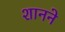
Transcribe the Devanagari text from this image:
शानने